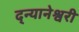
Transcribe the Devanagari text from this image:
द्न्यानेश्वरी